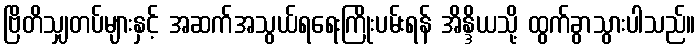
ဗြိတိသျှတပ်များနှင့် အဆက်အသွယ်ရရေးကြိုးပမ်းရန် အိန္ဒိယသို့ ထွက်ခွာသွားပါသည်။